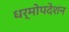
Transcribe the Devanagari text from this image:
धर्मोपदेशन